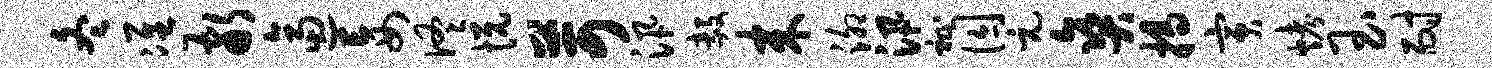
冬准敬逼妄佟悦苛汛毅来泖汛祉囚元爽揭寅烤玉耐